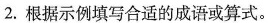
2. 根据示例填写合适的成语或算式。